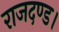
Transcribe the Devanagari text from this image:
राजदण्ड।